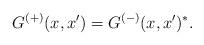
LaTeX: \begin{align*}G^{(+)}(x,x') = G^{(-)}(x,x')^*.\end{align*}